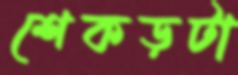
শেকড়টা